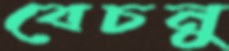
বেচনু